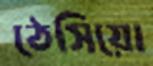
ঠেসিয়ো